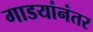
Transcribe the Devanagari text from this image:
गाडयांनंतर